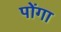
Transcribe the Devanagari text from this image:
पोंगा